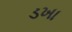
ડખા